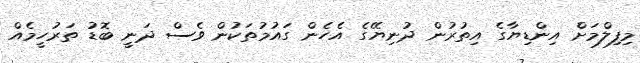
މިފިލްމަށް އިންޑިޔާގެ އިތުރުން ދުނިޔޭގެ އެހެން ގައުމުތަކުން ވެސް ދަނީ ބޮޑު ތަރުހީމެއް